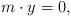
LaTeX: \begin{align*}m \cdot y = 0,\end{align*}